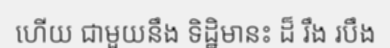
ហើយ ជាមួយនឹង ទិដ្ឋិមានះ ដ៏ រឹង របឹង